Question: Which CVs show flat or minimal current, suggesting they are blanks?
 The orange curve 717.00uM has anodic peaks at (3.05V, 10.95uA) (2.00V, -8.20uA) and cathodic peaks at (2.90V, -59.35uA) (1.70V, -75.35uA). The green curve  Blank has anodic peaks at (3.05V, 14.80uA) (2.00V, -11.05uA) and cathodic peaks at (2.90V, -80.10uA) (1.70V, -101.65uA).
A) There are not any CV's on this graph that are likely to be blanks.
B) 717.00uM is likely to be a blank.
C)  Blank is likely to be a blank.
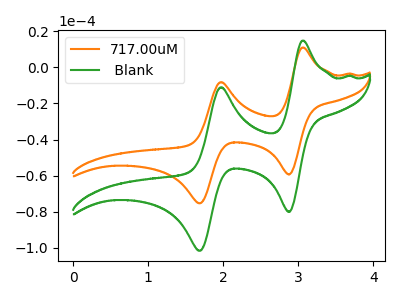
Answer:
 <answer>A) There are not any CV's on this graph that are likely to be blanks.</answer>
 <eval>A</eval>